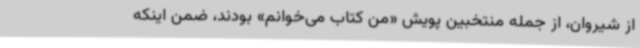
از شیروان، از جمله منتخبین پویش «من کتاب می‌خوانم» بودند، ضمن اینکه